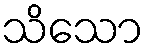
သိသော